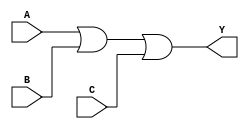
module OR_gate(
    input A,
    input B,
    input C,
    output reg Y
);

always @(*) begin
    Y = A | B | C;
end

endmodule